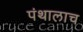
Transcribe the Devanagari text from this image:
पंथालाच